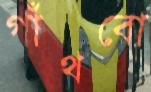
গাঁথবো